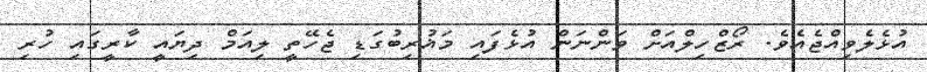
އުޅެލެވިއްޖެއެވެ. ރޯޒްހިލްއަށް ވަންނަން އުޅެފައި މަޣުރިބުގަޑި ޖެހޭތީ ލިއަމް ދިޔައީ ކާރީގައި ހުރި